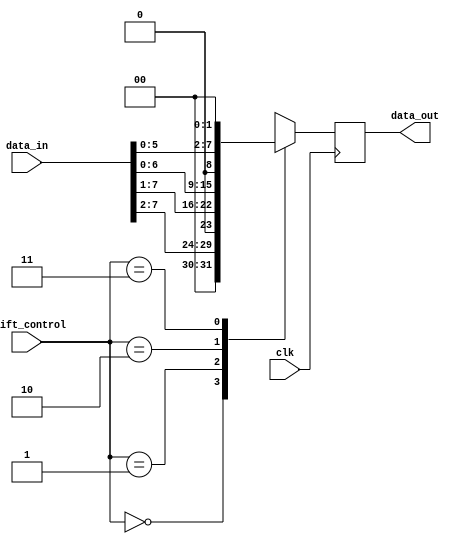
module FixedPointShiftRegister (
    input [7:0] data_in,
    input [1:0] shift_control,
    output reg [7:0] data_out,
    input clk
);

always @(posedge clk) begin
    case (shift_control)
        2'b00: data_out <= data_in >> 2; // No shift
        2'b01: data_out <= data_in >> 1; // Shift right by 1
        2'b10: data_out <= data_in << 1; // Shift left by 1
        2'b11: data_out <= data_in << 2; // Shift left by 2
    endcase
end

endmodule